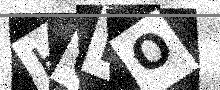
Text: HQMO